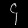
Digit: ၄